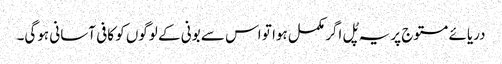
دریائے مستوج پر یہ پُل اگر مکمل ہوا تو اس سے بونی کے لوگوں کو کافی آسانی ہوگی۔